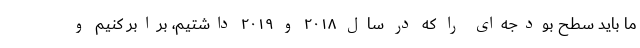
ما باید سطح بودجه‌ای را که در سال ۲۰۱۸ و ۲۰۱۹ داشتیم، برابر کنیم و